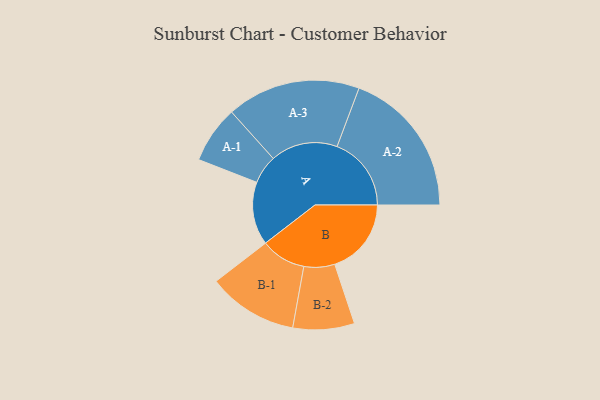
{"axis": {"x": "Segment", "y": "Value"}, "legend": ["", "A", "B"], "data": [{"x": "A", "y": 242, "type": ""}, {"x": "B", "y": 294, "type": ""}, {"x": "A-1", "y": 110, "type": "A"}, {"x": "A-2", "y": 285, "type": "A"}, {"x": "A-3", "y": 257, "type": "A"}, {"x": "B-1", "y": 173, "type": "B"}, {"x": "B-2", "y": 118, "type": "B"}]}